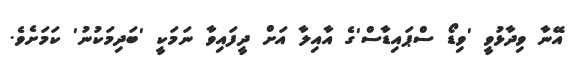
އޭނާ ވިދާޅުވީ 'ވިޑޯ ސްޕައިޑާސް'ގެ އާއިލާ އަށް ދީފައިވާ ނަމަކީ 'ބަދިމަކުނު' ކަމަށެވެ.